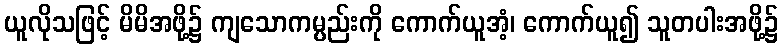
ယူလိုသဖြင့် မိမိအဖို့၌ ကျသောကမ္ပည်းကို ကောက်ယူအံ့၊ ကောက်ယူ၍ သူတပါးအဖို့၌